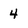
Character: 4